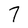
Character: 7